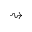
\rightsquigarrow